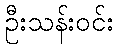
ဦးသန်းဝင်း